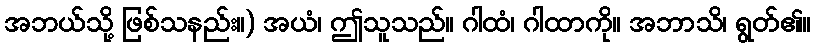
အဘယ်သို့ ဖြစ်သနည်း။) အယံ၊ ဤသူသည်။ ဂါထံ၊ ဂါထာကို။ အဘာသိ၊ ရွတ်၏။